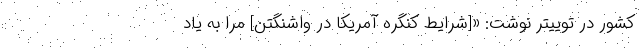
کشور در توییتر نوشت: «[شرایط کنگره آمریکا در واشنگتن] مرا به یاد